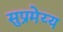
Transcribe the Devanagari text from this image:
सुप्रमेय्य